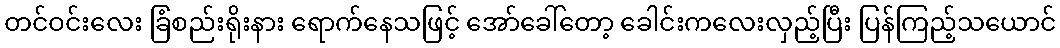
တင်ဝင်းလေး ခြံစည်းရိုးနား ရောက်နေသဖြင့် အော်ခေါ်တော့ ခေါင်းကလေးလှည့်ပြီး ပြန်ကြည့်သယောင်